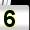
Digit: 5